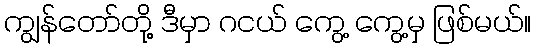
ကျွန်တော်တို့ ဒီမှာ ဂငယ် ကွေ့ ကွေ့မှ ဖြစ်မယ်။